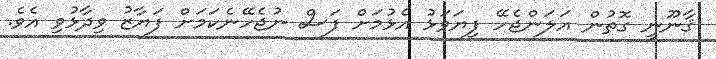
ޤާނޫނީ ގޮތުން އަލަންޖެހޭ ފިޔަވަޅު އެޅުމަށް ފަސް ނުޖެހޭނެކަމަށް ފަޔާޒު ވިދާޅުވި އެވެ.